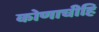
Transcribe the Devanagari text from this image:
कोणाचीहि